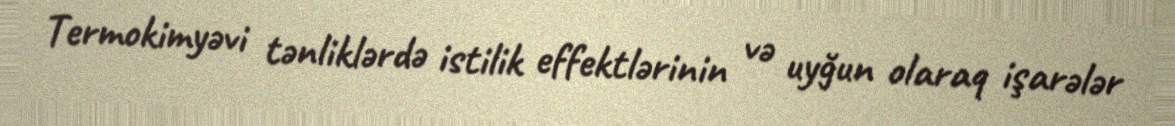
Termokimyəvi tənliklərdə istilik effektlərinin və uyğun olaraq işarələr